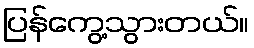
ပြန်ကွေ့သွားတယ်။